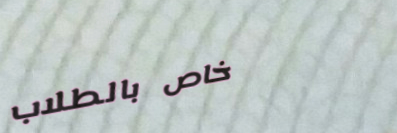
خاص بالطلاب